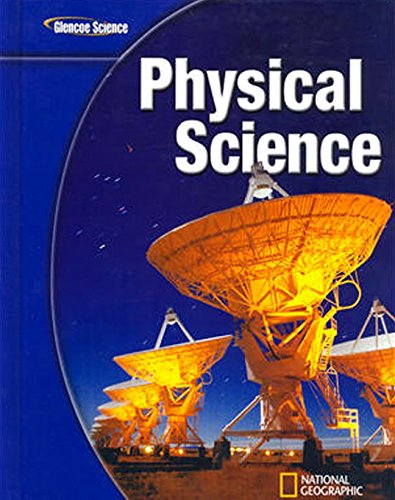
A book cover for Glencoe Physical iScience, Student Edition (PHYSICAL SCIENCE); McGraw-Hill Education; Science & Math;